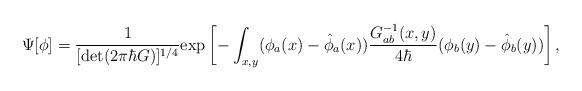
LaTeX: \begin{align*}\Psi [\phi] = \frac{{ 1}}{[{\rm \det}(2\pi \hbar G)]^{1/4}} {\rm \exp} \left [ - \int_{ x,y} ( \phi_{a} (x)- {\hat{\phi}}_a (x) ) \frac{{ G_{ab}^{-1} (x,y) }}{ 4 \hbar } (\phi_{b} (y)- {\hat{\phi}}_b (y) ) \right ] ,\end{align*}